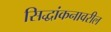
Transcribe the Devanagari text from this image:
सिद्धांकनावरील